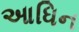
આધિન